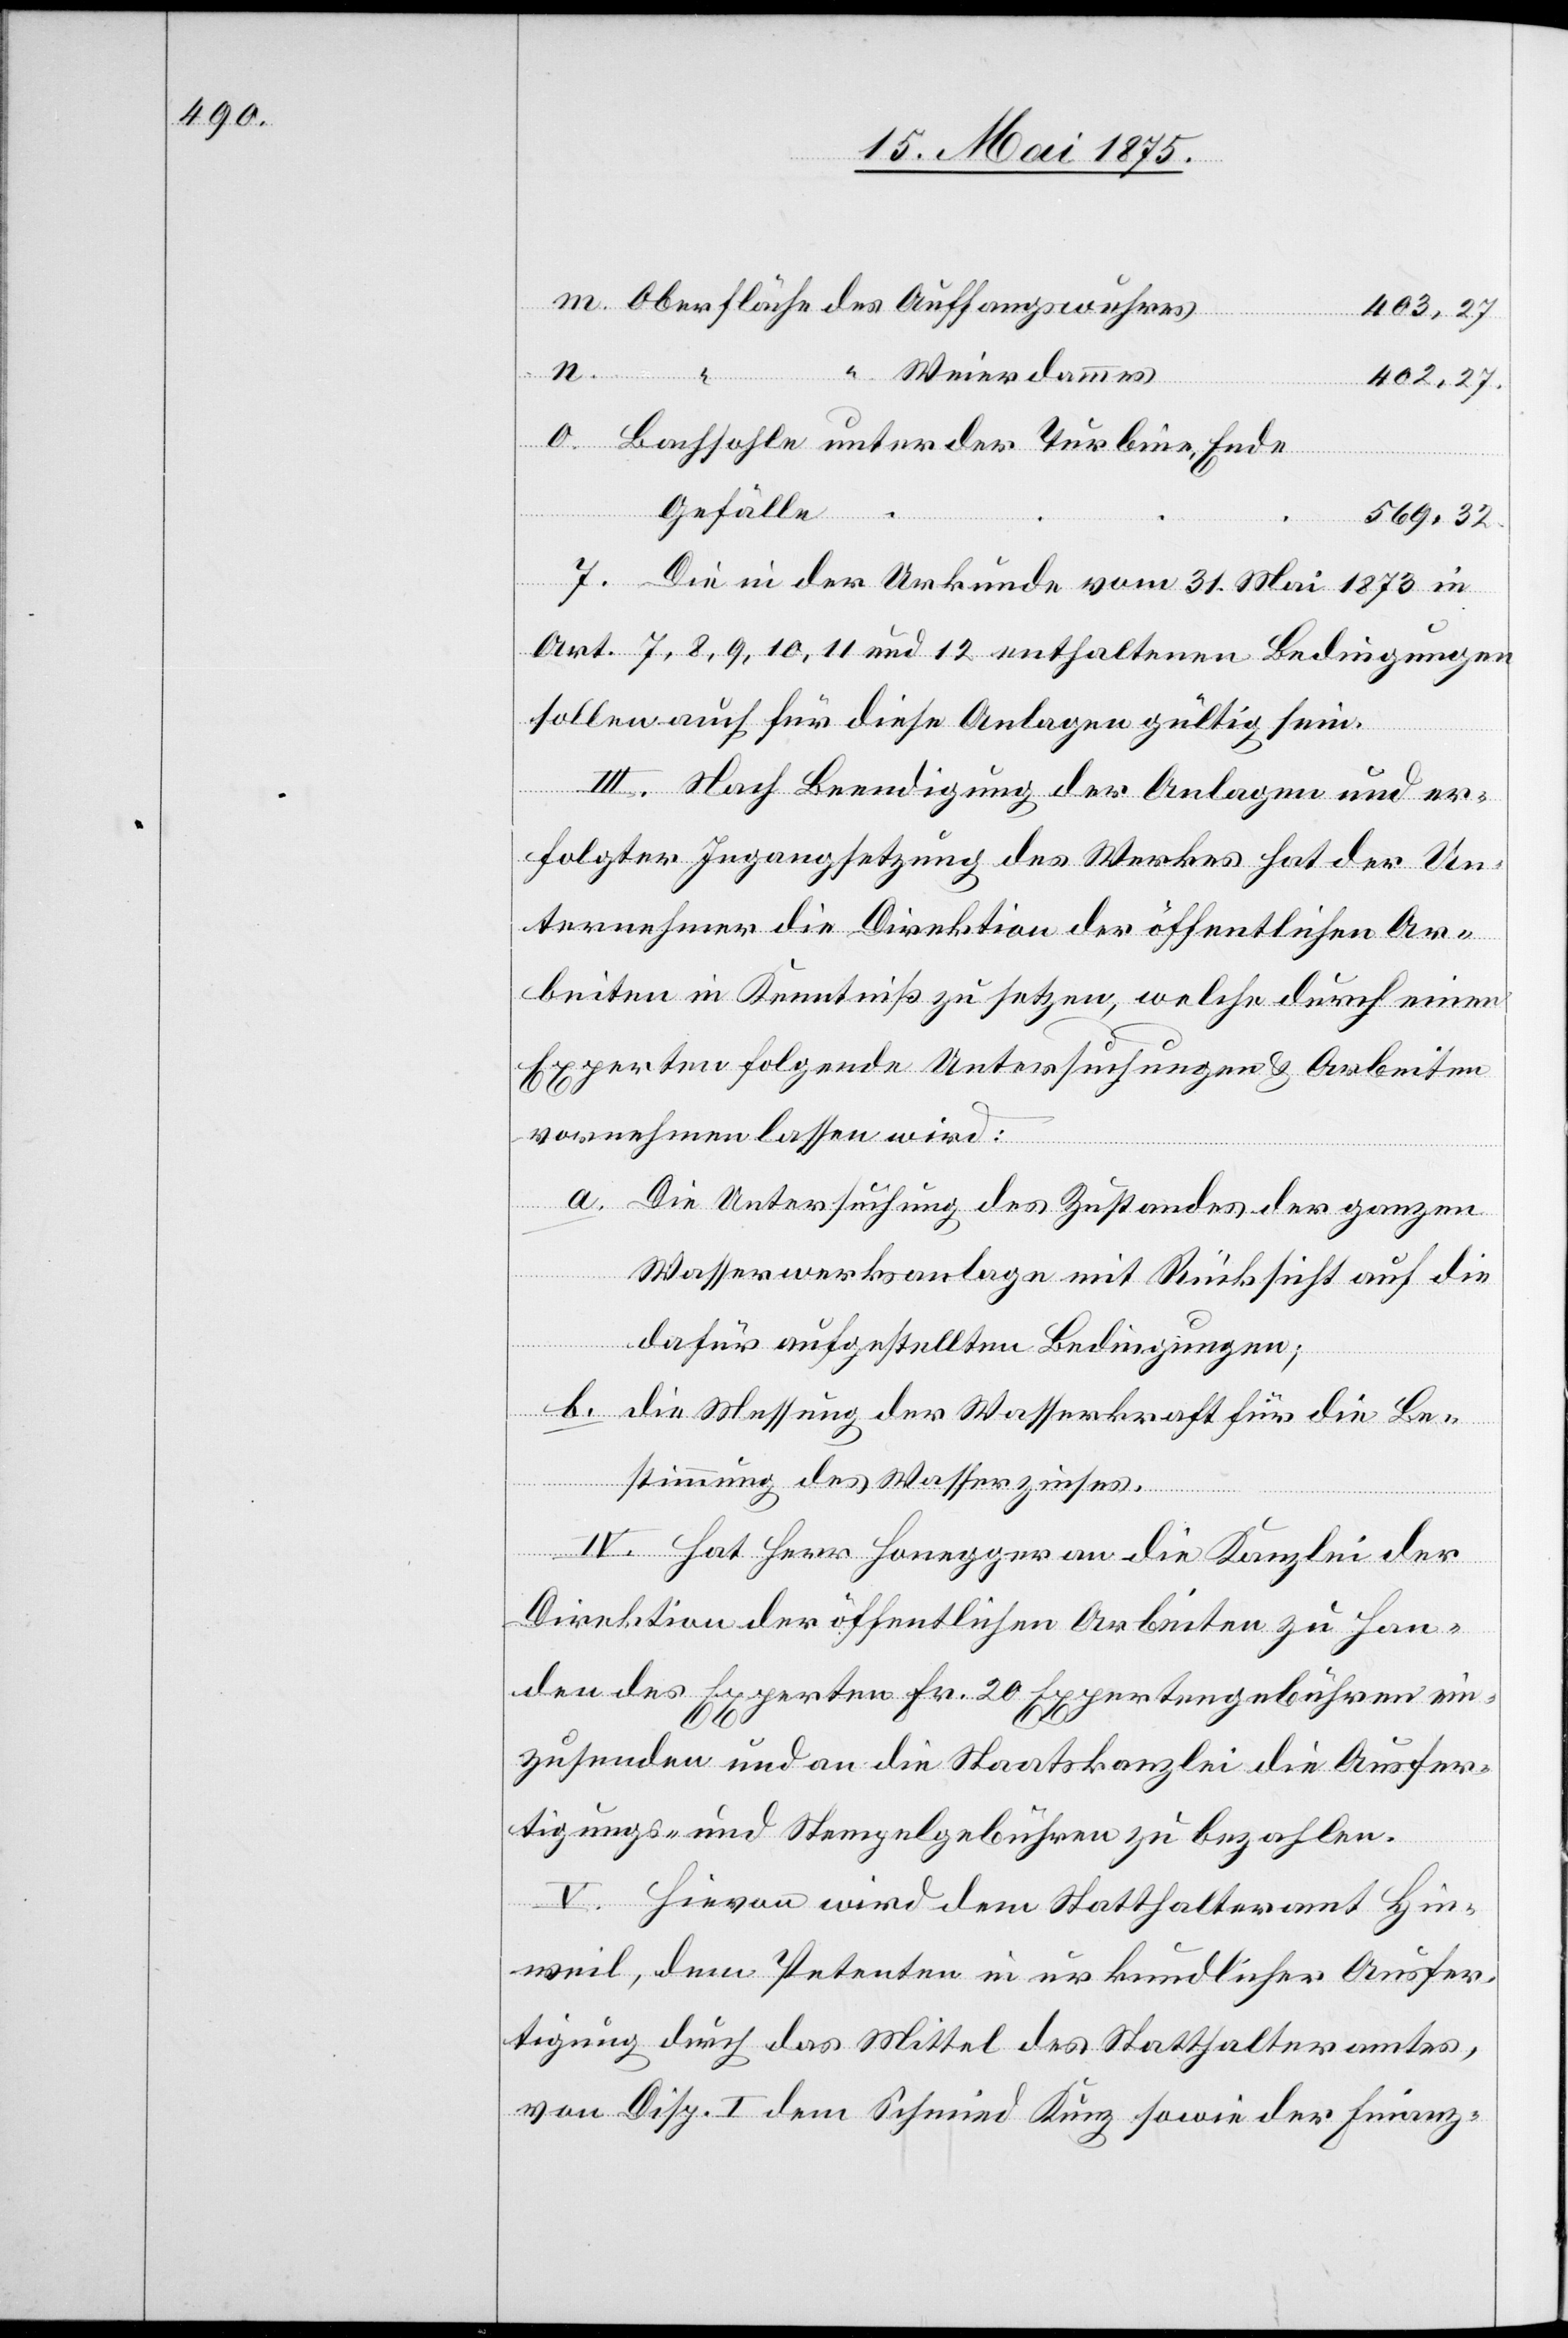
Oberfläche des Auffangswuhres
402,27
“ Weierdammes
Bachsohle unter der Turbine Ende
“
Gefälle
569,32
o.
Die in der Urkunde vom 31. Mai 1873 in
Art. 7, 8, 9, 10, 11 und 12 enthaltenen Bedingungen
sollen auch für diese Anlagen gültig sein.
III. Nach Beendigung der Anlagen und er¬
folgter Ingangsetzung des Werkes hat der Un¬
ternehmer die Direktion der öffentlichen Ar¬
beiten in Kenntniß zu setzen, welche durch einen
Experten folgende Untersuchungen & Arbeiten
vornehmen lassen wird:
a. Die Untersuchung des Zustandes der ganzen
Wasserwerksanlage mit Rücksicht auf die
dafür aufgestellten Bedingungen;
b. die Messung der Wasserkraft für die Be¬
stimmung des Wasserzinses.
IV. Hat Herr Honegger an die Kanzlei der
Direktion der öffentlichen Arbeiten zu Han¬
den der Experten Fr. 20 Expertengebühren ein¬
zusenden und an die Staatskanzlei die Ausfer¬
tigungs- und Stempelgebühren zu bezahlen.
V. Hievon wird dem Statthalteramt Hin¬
weil, dem Petenten in urkundlicher Ausfer¬
tigung durch das Mittel des Statthalteramtes,
von Disp. I dem Schmied Kunz sowie der Finanz-